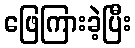
ဖြေကြားခဲ့ပြီး